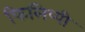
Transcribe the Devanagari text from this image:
फिलिप्पी